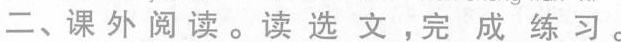
二、课外阅读。读选文，完成练习。